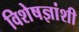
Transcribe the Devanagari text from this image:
विशेषज्ञांशी